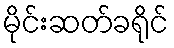
မိုင်းဆတ်ခရိုင်